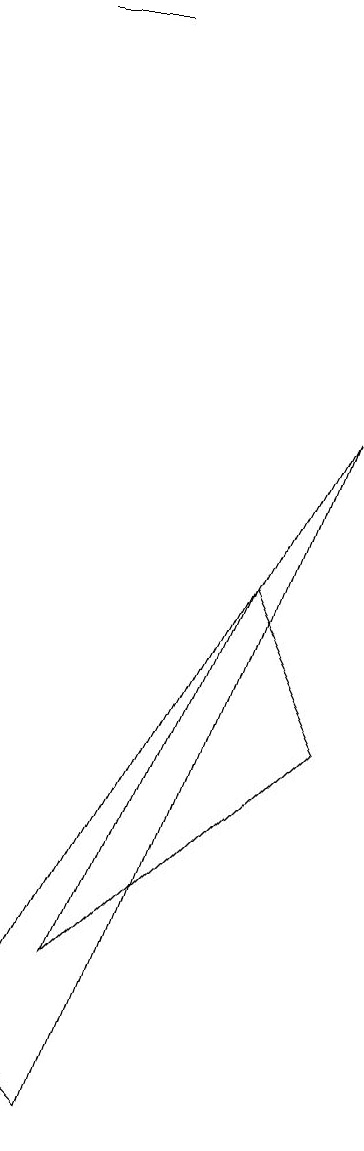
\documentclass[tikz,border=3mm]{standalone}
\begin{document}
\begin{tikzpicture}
\draw (2,14) rectangle (3,14);
\draw (3,2) -- (6,5) -- (5,7) -- cycle;
\draw (3,0) -- (2,1) -- (6,9) -- cycle;
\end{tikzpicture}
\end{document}